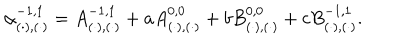
\alpha _ { ( \cdot ) , ( \cdot ) } ^ { - 1 , 1 } = A _ { ( \cdot ) , ( \cdot ) } ^ { - 1 , 1 } + a A _ { ( \cdot ) , ( \cdot ) } ^ { 0 , 0 } + b B _ { ( \cdot ) , ( \cdot ) } ^ { 0 , 0 } + c B _ { ( \cdot ) , ( \cdot ) } ^ { - 1 , 1 } .